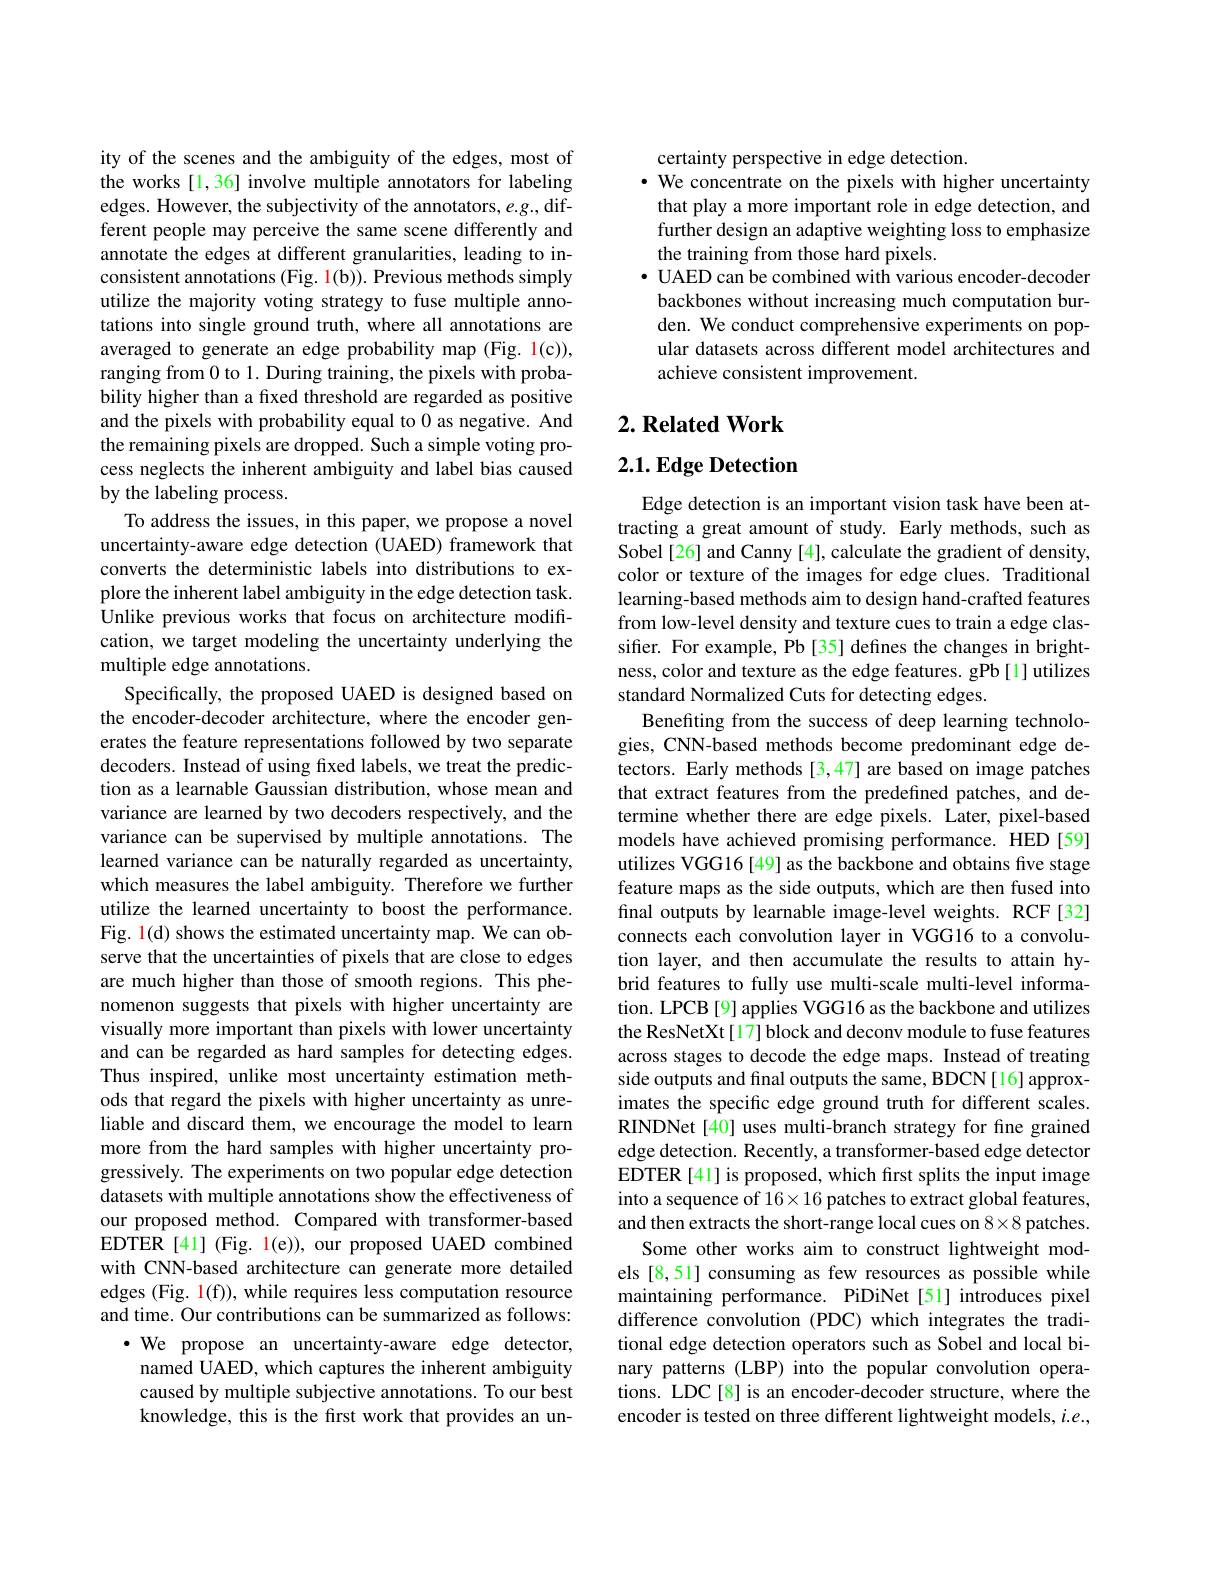
ity of the scenes and the ambiguity of the edges, most of the works [1,36] involve multiple annotators for labeling edges. However, the subjectivity of the annotators, e.g., different people may perceive the same scene differently and annotate the edges at different granularities, leading to inconsistent annotations (Fig. 1(b)). Previous methods simply utilize the majority voting strategy to fuse multiple annotations into single ground truth, where all annotations are averaged to generate an edge probability map (Fig. 1(c)), ranging from 0 to 1. During training, the pixels with probability higher than a fxed threshold are regarded as positive and the pixels with probability equal to 0 as negative. And the remaining pixels are dropped. Such a simple voting process neglects the inherent ambiguity and label bias caused by the labeling process.
To address the issues, in this paper, we propose a novel uncertainty-aware edge detection (UAED) framework that converts the deterministic labels into distributions to explore the inherent label ambiguity in the edge detection task. Unlike previous works that focus on architecture modification, we target modeling the uncertainty underlying the multiple edge annotations.
Specifically, the proposed UAED is designed based on the encoder-decoder architecture, where the encoder generates the feature representations followed by two separate decoders. Instead of using fixed labels, we treat the prediction as a learnable Gaussian distribution, whose mean and variance are learned by two decoders respectively, and the variance can be supervised by multiple annotations. The learned variance can be naturally regarded as uncertainty, which measures the label ambiguity. Therefore we further utilize the learned uncertainty to boost the performance. Fig. 1(d) shows the estimated uncertainty map. We can observe that the uncertainties of pixels that are close to edges are much higher than those of smooth regions. This phenomenon suggests that pixels with higher uncertainty are visually more important than pixels with lower uncertainty and can be regarded as hard samples for detecting edges. Thus inspired, unlike most uncertainty estimation methods that regard the pixels with higher uncertainty as unreliable and discard them, we encourage the model to learn more from the hard samples with higher uncertainty progressively. The experiments on two popular edge detection datasets with multiple annotations show the effectiveness of our proposed method. Compared with transformer-based EDTER [41] (Fig. l(e)), our proposed UAED combined with CNN-based architecture can generate more detailed edges (Fig. 1(f)), while requires less computation resource and time. Our contributions can be summarized as follows: ·We propose an uncertainty-aware edge detector,
named UAED, which captures the inherent ambiguity caused by multiple subjective annotations. To our best knowledge, this is the first work that provides an un-

certainty perspective in edge detection.
· We concentrate on the pixels with higher uncertainty that play a more important role in edge detection, and further design an adaptive weighting loss to emphasize the training from those hard pixels.
$\bullet$ UAED can be combined with various encoder-decoder backbones without increasing much computation burden. We conduct comprehensive experiments on popular datasets across different model architectures and achieve consistent improvement.

## $2. \textbf{Related Work}$

# 2.1. Edge Detection

Edge detection is an important vision task have been attracting a great amount of study. Early methods, such as Sobel[26] and Canny [4], calculate the gradient of density, color or texture of the images for edge clues. Traditional learning-based methods aim to design hand-crafted features from low-level density and texture cues to train a edge classifier. For example, Pb [35] defines the changes in brightness, color and texture as the edge features. gPb [1] utilizes standard Normalized Cuts for detecting edges.
Benefiting from the success of deep learning technologies, CNN-based methods become predominant edge detectors. Early methods[3,47] are based on image patches that extract features from the predefined patches, and determine whether there are edge pixels. Later, pixel-based models have achieved promising performance. HED[59] utilizes VGG16[49] as the backbone and obtains five stage feature maps as the side outputs, which are then fused into final outputs by learnable image-level weights. RCF[32] connects each convolution layer in VGG16 to a convolution layer, and then accumulate the results to attain hybrid features to fully use multi-scale multi-level information. LPCB [9] applies VGG16 as the backbone and utilizes the ResNetXt[17] block and deconv module to fuse features across stages to decode the edge maps. Instead of treating side outputs and final outputs the same, BDCN[16] approximates the specific edge ground truth for different scales. RINDNet[40] uses multi-branch strategy for fine grained edge detection. Recently, a transformer-based edge detector EDTER[41] is proposed, which first splits the input image into a sequence of 16× 16 patches to extract global features, and then extracts the short-range local cues on 8×8 patches.
Some other works aim to construct lightweight models [8,51] consuming as few resources as possible while maintaining performance. PiDiNet[51] introduces pixel difference convolution (PDC) which integrates the traditional edge detection operators such as Sobel and local binary patterns (LBP) into the popular convolution operations. LDC[8] is an encoder-decoder structure, where the encoder is tested on three different lightweight models, $i.e.$,